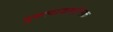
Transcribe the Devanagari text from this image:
गुरुत्वाकर्षात्मक